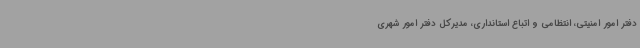
دفتر امور امنیتی، انتظامی و اتباع استانداری، مدیرکل دفتر امور شهری